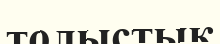
толыстық